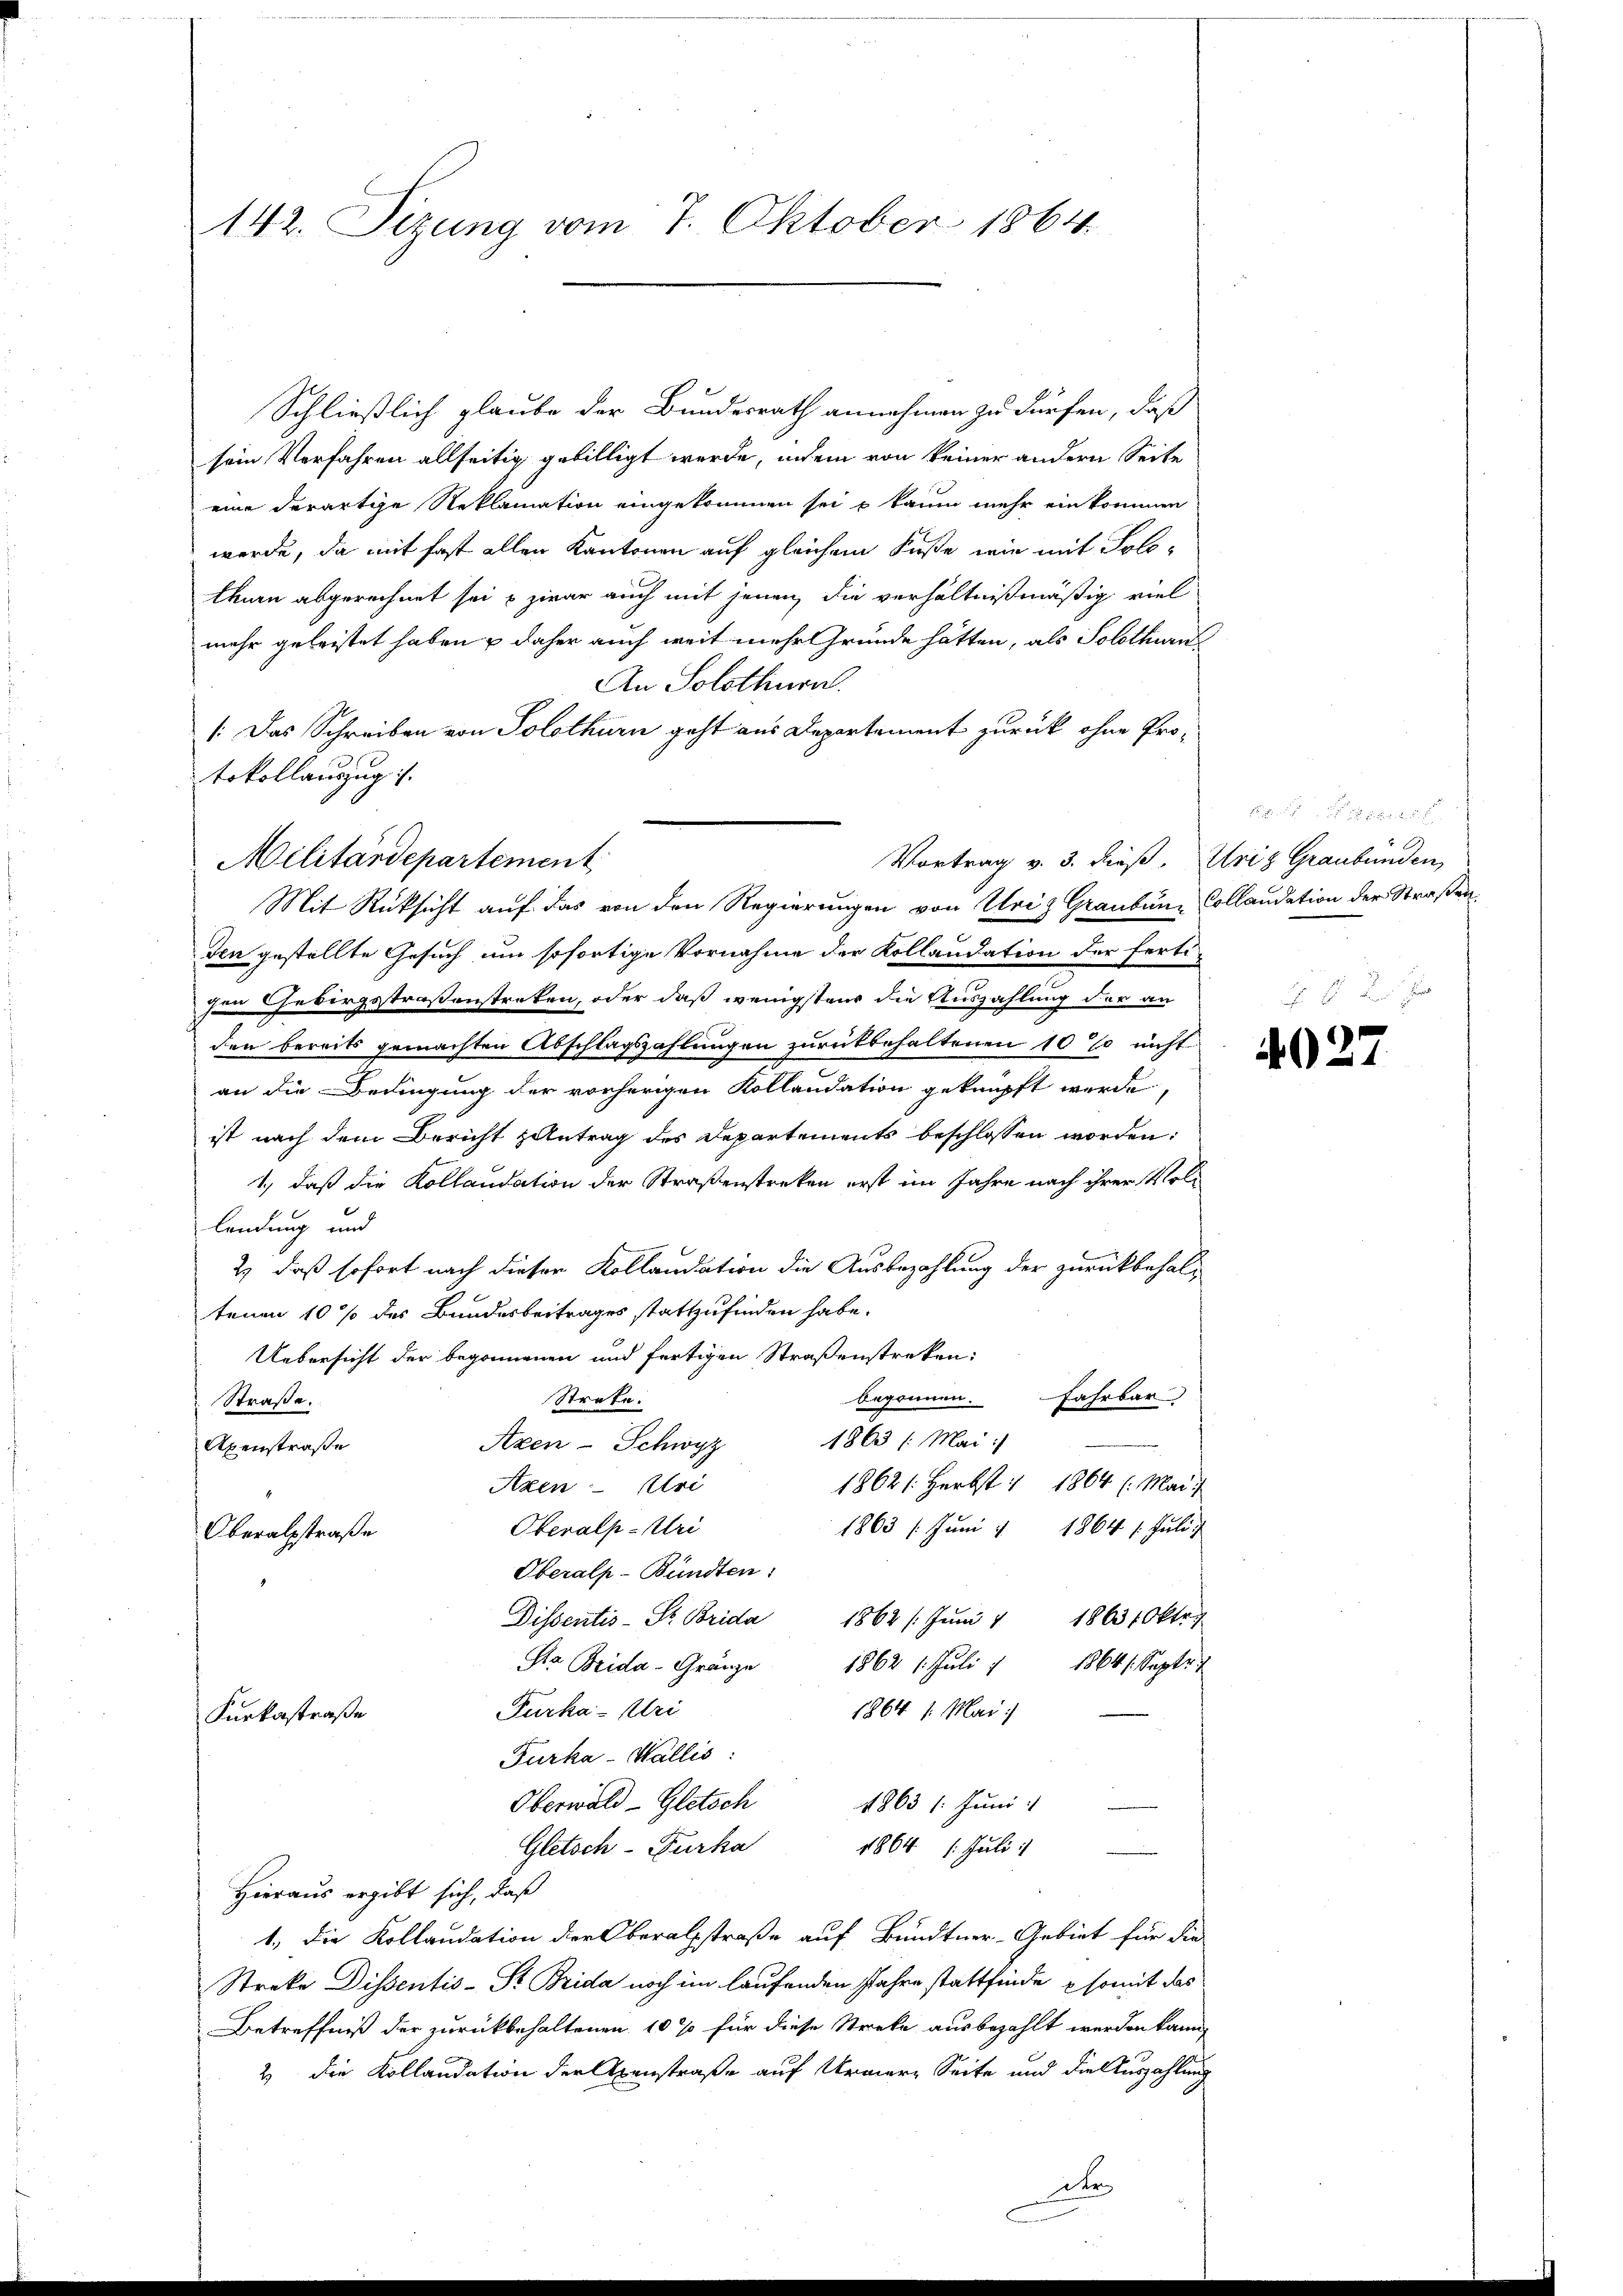
142. Sezung vom 7. Oktober 1864

Schließlich glaube der Bundesrath annehmen zu dürfen, daß
sein Verfahren allseitig gebilligt werde, indem von keiner andern Seite
eine derartige Reklamation eingekommen sei u kaum mehr ein kommen
werde, da mit fast allen Kantonen auf gleichem Fuße wie mit Solothurn abgerechnet sei u zwar auch mit jenen die verhältnißmäßig viel-
mehr geleistet haben & daher auch weit mehr Grunde hätten, als Solothurn
An Solothurn.
/. Das Schreiben von Solothurn geht aus Departement zurück ohne Protokollauzug
Vortrag v. 3. dieß, Uriz Graubünden,
Militärdepartement
Mit Rücksicht auf das von den Regierungen von Uriz Graubum Collaudation der Straßenden gestellte Gesuch um sofortige Vornahme der Kollaudation der ferti-
gen Gebirgsstraßenstreten, oder daß wenigstens die Auszahlung der an
den bereits gemachten Abschlagszahlungen zurükbehaltenen 10% nicht
an die Bedingung der vorherigen Kollaudation geknüpft werde,
ist nach dem Bericht zentrag des Departements beschlossen worden:
1., daß die Kollaudation der Straßenstreken erst im Jahre nach ihrer Vollendung und
2) daß sofort nach dieser Kollaudation die Ausbezahlung der zurückbehaltenen 10 % des Bundesbeitrages stattzufinden habe.
Uebersicht der begonnenen und fertigen Straßenstreken:
begonnen.
Strafe.
Fahrbar
Straße.
1863 (Mai:/
Axen - Schwyz
Axenstraße
1862 /: Herbst 1864 l. Mai
Atzen Uri
Oberalp-Uri
1863 / Juni 1864 1. Juli
Oberalstraße
Oberalp-Bündten:
Dissentis- Fr. Brida 1862 /: Jŭni 1 18631 Oktr.
Dr Brida - Gränze
1862 1. Juli 1
1864 /:. Septe
Furka-Pri
1864 1. Mai
Furkastraße
Furka - Wallis:
Oberwald-Gletsch
4863 /: Juni
Gletsch-Furka
1864 1. Juli 1
u
Hieraus ergibt sich, daß
1.) Die Kollaudation der Oberalsstraße auf Bundtner-Gebiet für die
Streke Dissentis-St. Brida noch im laufenden Jahre stattfinde somit das
Betreffniß der zurückbehaltenen 10% für diese Streke ausbezahlt werden kann,
2 die Kollaudation der Axenstraße auf Urner Seite und die Auszahlung

der

4027

u